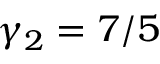
\gamma _ { 2 } = 7 / 5